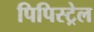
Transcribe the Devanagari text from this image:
पिपिस्ट्रेल